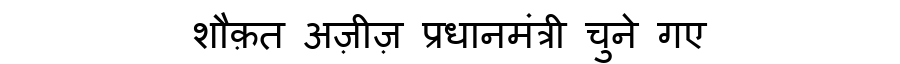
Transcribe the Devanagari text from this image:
शौक़त अज़ीज़ प्रधानमंत्री चुने गए